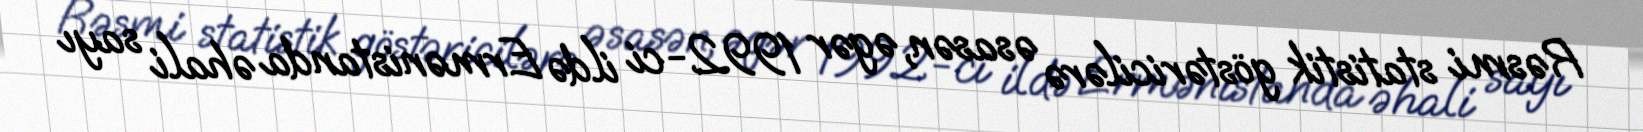
Rəsmi statistik göstəricilərə əsasən, əgər 1992-ci ildə Ermənistanda əhali sayı